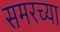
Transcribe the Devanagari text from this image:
समरच्या